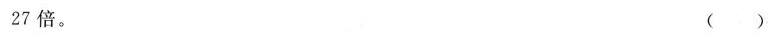
27倍。 ( )